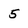
Character: 5